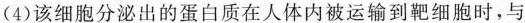
(4)该细胞分泌出的蛋白质在人体内被运输到靶细胞时，与